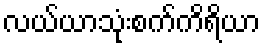
လယ်ယာသုံးစက်ကိရိယာ